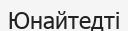
Юнайтедті